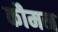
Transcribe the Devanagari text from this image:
कौमन